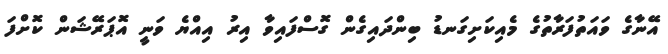
އޭނާގެ ވައަތުފަރާތުގެ މެއިކަށިގަނޑު ބިންދައިގެން ގޮސްފައިވާ އިރު އިއްޔެ ވަނީ އޮޕަރޭޝަން ކޮށްފަ